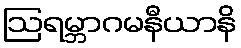
ဩရမ္ဘာဂမနီယာနိ